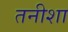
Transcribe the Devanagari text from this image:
तनीशा